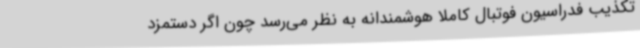
تکذیب فدراسیون فوتبال کاملا هوشمندانه به نظر می‌رسد چون اگر دستمزد